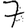
Digit: 7